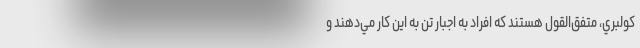
كولبري، متفق‌القول هستند كه افراد به اجبار تن به اين كار مي‌دهند و